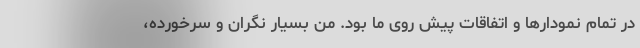
در تمام نمودار‌ها و اتفاقات پیش روی ما بود. من بسیار نگران و سرخورده،